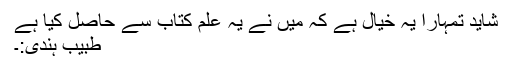
شاید تمہارا یہ خیال ہے کہ میں نے یہ علم کتاب سے حاصل کیا ہے
طبیب ہندی:۔